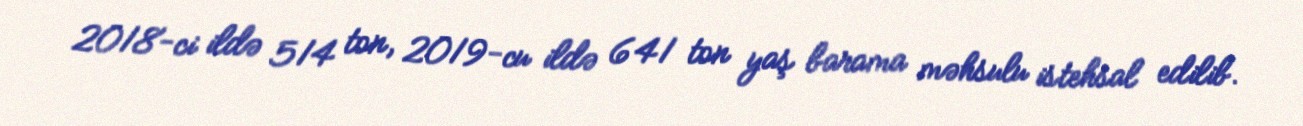
2018-ci ildə 514 ton, 2019-cu ildə 641 ton yaş barama məhsulu istehsal edilib.